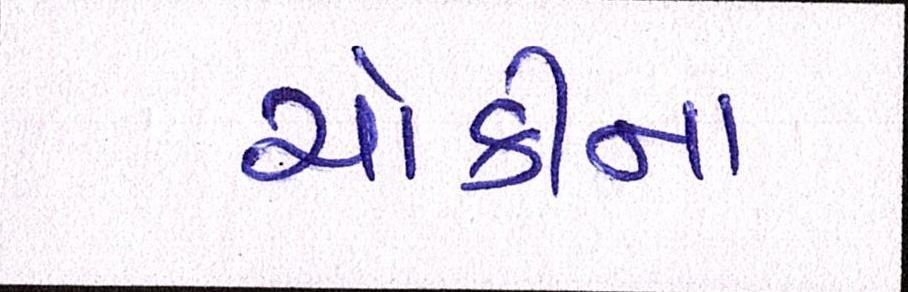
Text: ચોકીના